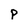
Character: P